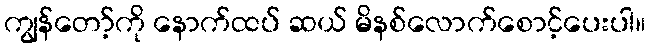
ကျွန်တော့်ကို နောက်ထပ် ဆယ် မိနစ်လောက်စောင့်ပေးပါ။